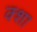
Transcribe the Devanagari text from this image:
क्शा